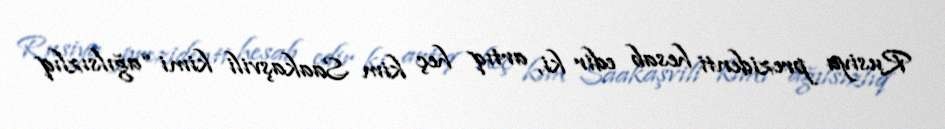
Rusiya prezidenti hesab edir ki, artıq heç kim Saakaşvili kimi “ağılsızlıq